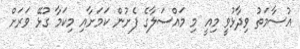
އުސާމަތު ވިދާޅުވީ މިއީ މި މައްސަލާގެ ފެށުން ކަމަށާއި މިކަމާ ގުޅޭ ވަރަށް